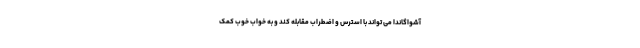
آشواگاندا می تواند با استرس و اضطراب مقابله کند و به خواب خوب کمک